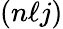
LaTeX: (n\ell j)